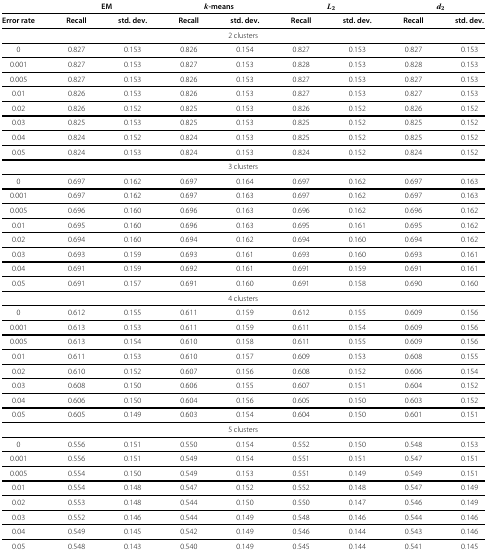
<table><thead><tr><td><b> </b></td><td colspan="2"><b>EM</b></td><td colspan="2"><b><i>k</i>-means</b></td><td colspan="2"><b><i>L</i><sub><i>2</i></sub></b></td><td colspan="2"><b><i>d</i><sub><i>2</i></sub></b></td></tr><tr><td><b>Error rate</b></td><td><b>Recall</b></td><td><b>std. dev.</b></td><td><b>Recall</b></td><td><b>std. dev.</b></td><td><b>Recall</b></td><td><b>std. dev.</b></td><td><b>Recall</b></td><td><b>std. dev.</b></td></tr></thead><tbody><tr><td colspan="9">2 clusters</td></tr><tr><td>0</td><td>0.827</td><td>0.153</td><td>0.826</td><td>0.154</td><td>0.827</td><td>0.153</td><td>0.827</td><td>0.153</td></tr><tr><td>0.001</td><td>0.827</td><td>0.153</td><td>0.827</td><td>0.153</td><td>0.828</td><td>0.153</td><td>0.828</td><td>0.153</td></tr><tr><td>0.005</td><td>0.827</td><td>0.153</td><td>0.826</td><td>0.153</td><td>0.827</td><td>0.153</td><td>0.827</td><td>0.153</td></tr><tr><td>0.01</td><td>0.826</td><td>0.153</td><td>0.826</td><td>0.153</td><td>0.827</td><td>0.153</td><td>0.827</td><td>0.153</td></tr><tr><td>0.02</td><td>0.826</td><td>0.152</td><td>0.825</td><td>0.153</td><td>0.826</td><td>0.152</td><td>0.826</td><td>0.152</td></tr><tr><td>0.03</td><td>0.825</td><td>0.153</td><td>0.825</td><td>0.153</td><td>0.825</td><td>0.152</td><td>0.825</td><td>0.152</td></tr><tr><td>0.04</td><td>0.824</td><td>0.152</td><td>0.824</td><td>0.153</td><td>0.825</td><td>0.152</td><td>0.825</td><td>0.152</td></tr><tr><td>0.05</td><td>0.824</td><td>0.153</td><td>0.824</td><td>0.153</td><td>0.824</td><td>0.152</td><td>0.824</td><td>0.152</td></tr><tr><td colspan="9">3 clusters</td></tr><tr><td>0</td><td>0.697</td><td>0.162</td><td>0.697</td><td>0.164</td><td>0.697</td><td>0.162</td><td>0.697</td><td>0.163</td></tr><tr><td>0.001</td><td>0.697</td><td>0.162</td><td>0.697</td><td>0.163</td><td>0.697</td><td>0.162</td><td>0.697</td><td>0.163</td></tr><tr><td>0.005</td><td>0.696</td><td>0.160</td><td>0.696</td><td>0.163</td><td>0.696</td><td>0.162</td><td>0.696</td><td>0.162</td></tr><tr><td>0.01</td><td>0.695</td><td>0.160</td><td>0.696</td><td>0.163</td><td>0.695</td><td>0.161</td><td>0.695</td><td>0.162</td></tr><tr><td>0.02</td><td>0.694</td><td>0.160</td><td>0.694</td><td>0.162</td><td>0.694</td><td>0.160</td><td>0.694</td><td>0.162</td></tr><tr><td>0.03</td><td>0.693</td><td>0.159</td><td>0.693</td><td>0.161</td><td>0.693</td><td>0.160</td><td>0.693</td><td>0.161</td></tr><tr><td>0.04</td><td>0.691</td><td>0.159</td><td>0.692</td><td>0.161</td><td>0.691</td><td>0.159</td><td>0.691</td><td>0.161</td></tr><tr><td>0.05</td><td>0.691</td><td>0.157</td><td>0.691</td><td>0.160</td><td>0.691</td><td>0.158</td><td>0.690</td><td>0.160</td></tr><tr><td colspan="9">4 clusters</td></tr><tr><td>0</td><td>0.612</td><td>0.155</td><td>0.611</td><td>0.159</td><td>0.612</td><td>0.155</td><td>0.609</td><td>0.156</td></tr><tr><td>0.001</td><td>0.613</td><td>0.153</td><td>0.611</td><td>0.159</td><td>0.611</td><td>0.154</td><td>0.609</td><td>0.156</td></tr><tr><td>0.005</td><td>0.613</td><td>0.154</td><td>0.610</td><td>0.158</td><td>0.611</td><td>0.155</td><td>0.609</td><td>0.156</td></tr><tr><td>0.01</td><td>0.611</td><td>0.153</td><td>0.610</td><td>0.157</td><td>0.609</td><td>0.153</td><td>0.608</td><td>0.155</td></tr><tr><td>0.02</td><td>0.610</td><td>0.152</td><td>0.607</td><td>0.156</td><td>0.608</td><td>0.152</td><td>0.606</td><td>0.154</td></tr><tr><td>0.03</td><td>0.608</td><td>0.150</td><td>0.606</td><td>0.155</td><td>0.607</td><td>0.151</td><td>0.604</td><td>0.152</td></tr><tr><td>0.04</td><td>0.606</td><td>0.150</td><td>0.604</td><td>0.156</td><td>0.605</td><td>0.150</td><td>0.603</td><td>0.152</td></tr><tr><td>0.05</td><td>0.605</td><td>0.149</td><td>0.603</td><td>0.154</td><td>0.604</td><td>0.150</td><td>0.601</td><td>0.151</td></tr><tr><td colspan="9">5 clusters</td></tr><tr><td>0</td><td>0.556</td><td>0.151</td><td>0.550</td><td>0.154</td><td>0.552</td><td>0.150</td><td>0.548</td><td>0.153</td></tr><tr><td>0.001</td><td>0.556</td><td>0.151</td><td>0.549</td><td>0.154</td><td>0.551</td><td>0.151</td><td>0.547</td><td>0.151</td></tr><tr><td>0.005</td><td>0.554</td><td>0.150</td><td>0.549</td><td>0.153</td><td>0.551</td><td>0.149</td><td>0.549</td><td>0.151</td></tr><tr><td>0.01</td><td>0.554</td><td>0.148</td><td>0.547</td><td>0.152</td><td>0.552</td><td>0.148</td><td>0.547</td><td>0.149</td></tr><tr><td>0.02</td><td>0.553</td><td>0.148</td><td>0.544</td><td>0.150</td><td>0.550</td><td>0.147</td><td>0.546</td><td>0.149</td></tr><tr><td>0.03</td><td>0.552</td><td>0.146</td><td>0.544</td><td>0.149</td><td>0.548</td><td>0.146</td><td>0.544</td><td>0.146</td></tr><tr><td>0.04</td><td>0.549</td><td>0.145</td><td>0.542</td><td>0.149</td><td>0.546</td><td>0.144</td><td>0.543</td><td>0.146</td></tr><tr><td>0.05</td><td>0.548</td><td>0.143</td><td>0.540</td><td>0.149</td><td>0.545</td><td>0.144</td><td>0.541</td><td>0.145</td></tr></tbody></table>